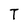
Character: T